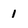
Character: 1